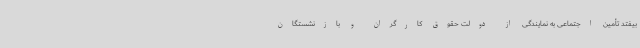
بیفتد تأمین اجتماعی به نمایندگی از دولت حقوق کارگران و بازنشستگان